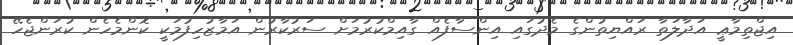
އިޖްތިމާޢީ އަދާލަތާ ރައްޔިތުންގެ މެދުގައި އިންސާފެއް ގާއިމްކުރުމަށް ސަރުކާރުން އަމާޒުހިފުމަކީ ކޮންމެހެން ކުރަންޖެހޭ